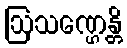
ဩသဏ္ဌေန္တိ